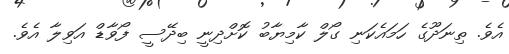
އެވެ. ތިނަދޫގެ ހަމައެކަނި ގޯލް ކާމިޔާބު ކޮށްދިނީ ބިދޭސީ ފޯވާޑް އަވިލާ އެވެ.